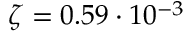
\zeta = 0 . 5 9 \cdot 1 0 ^ { - 3 }